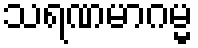
သရဏမာဂမ္မ